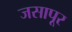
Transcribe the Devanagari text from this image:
जसापूर